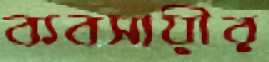
ব্যবসায়ীর